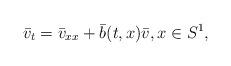
LaTeX: \begin{align*} \bar v_t=\bar v_{xx}+\bar b(t,x)\bar v,x\in S^1, \end{align*}